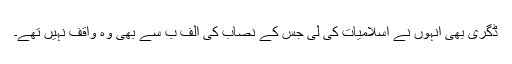
ڈگری بھی انہوں نے اسلامیات کی لی جس کے نصاب کی الف ب سے بھی وہ واقف نہیں تھے۔